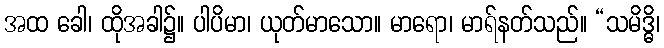
အထ ခေါ၊ ထိုအခါ၌။ ပါပိမာ၊ ယုတ်မာသော။ မာရော၊ မာရ်နတ်သည်။ “သမိဒ္ဓိ၊